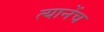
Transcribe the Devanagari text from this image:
त्यानेंच